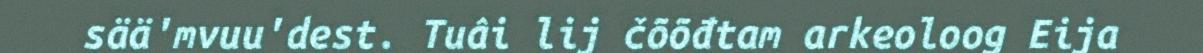
sää'mvuu'dest. Tuâi lij čõõđtam arkeoloog Eija